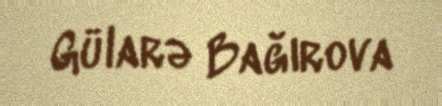
Gülarə Bağırova